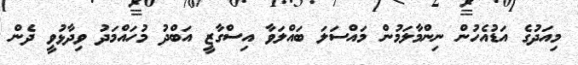
މިއަދުގެ އަޑުއެހުން ނިންމާލަމުން މައްސަލަ ބައްލަވާ އިސްގާޒީ އަބްދު މުހައްމަދު ވިދާޅުވީ ދެން